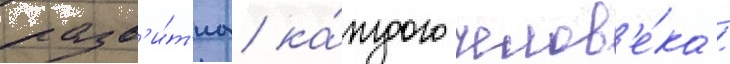
разв'и́т'иа ка́ждого челов'е́ка /